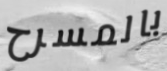
بالمسرح